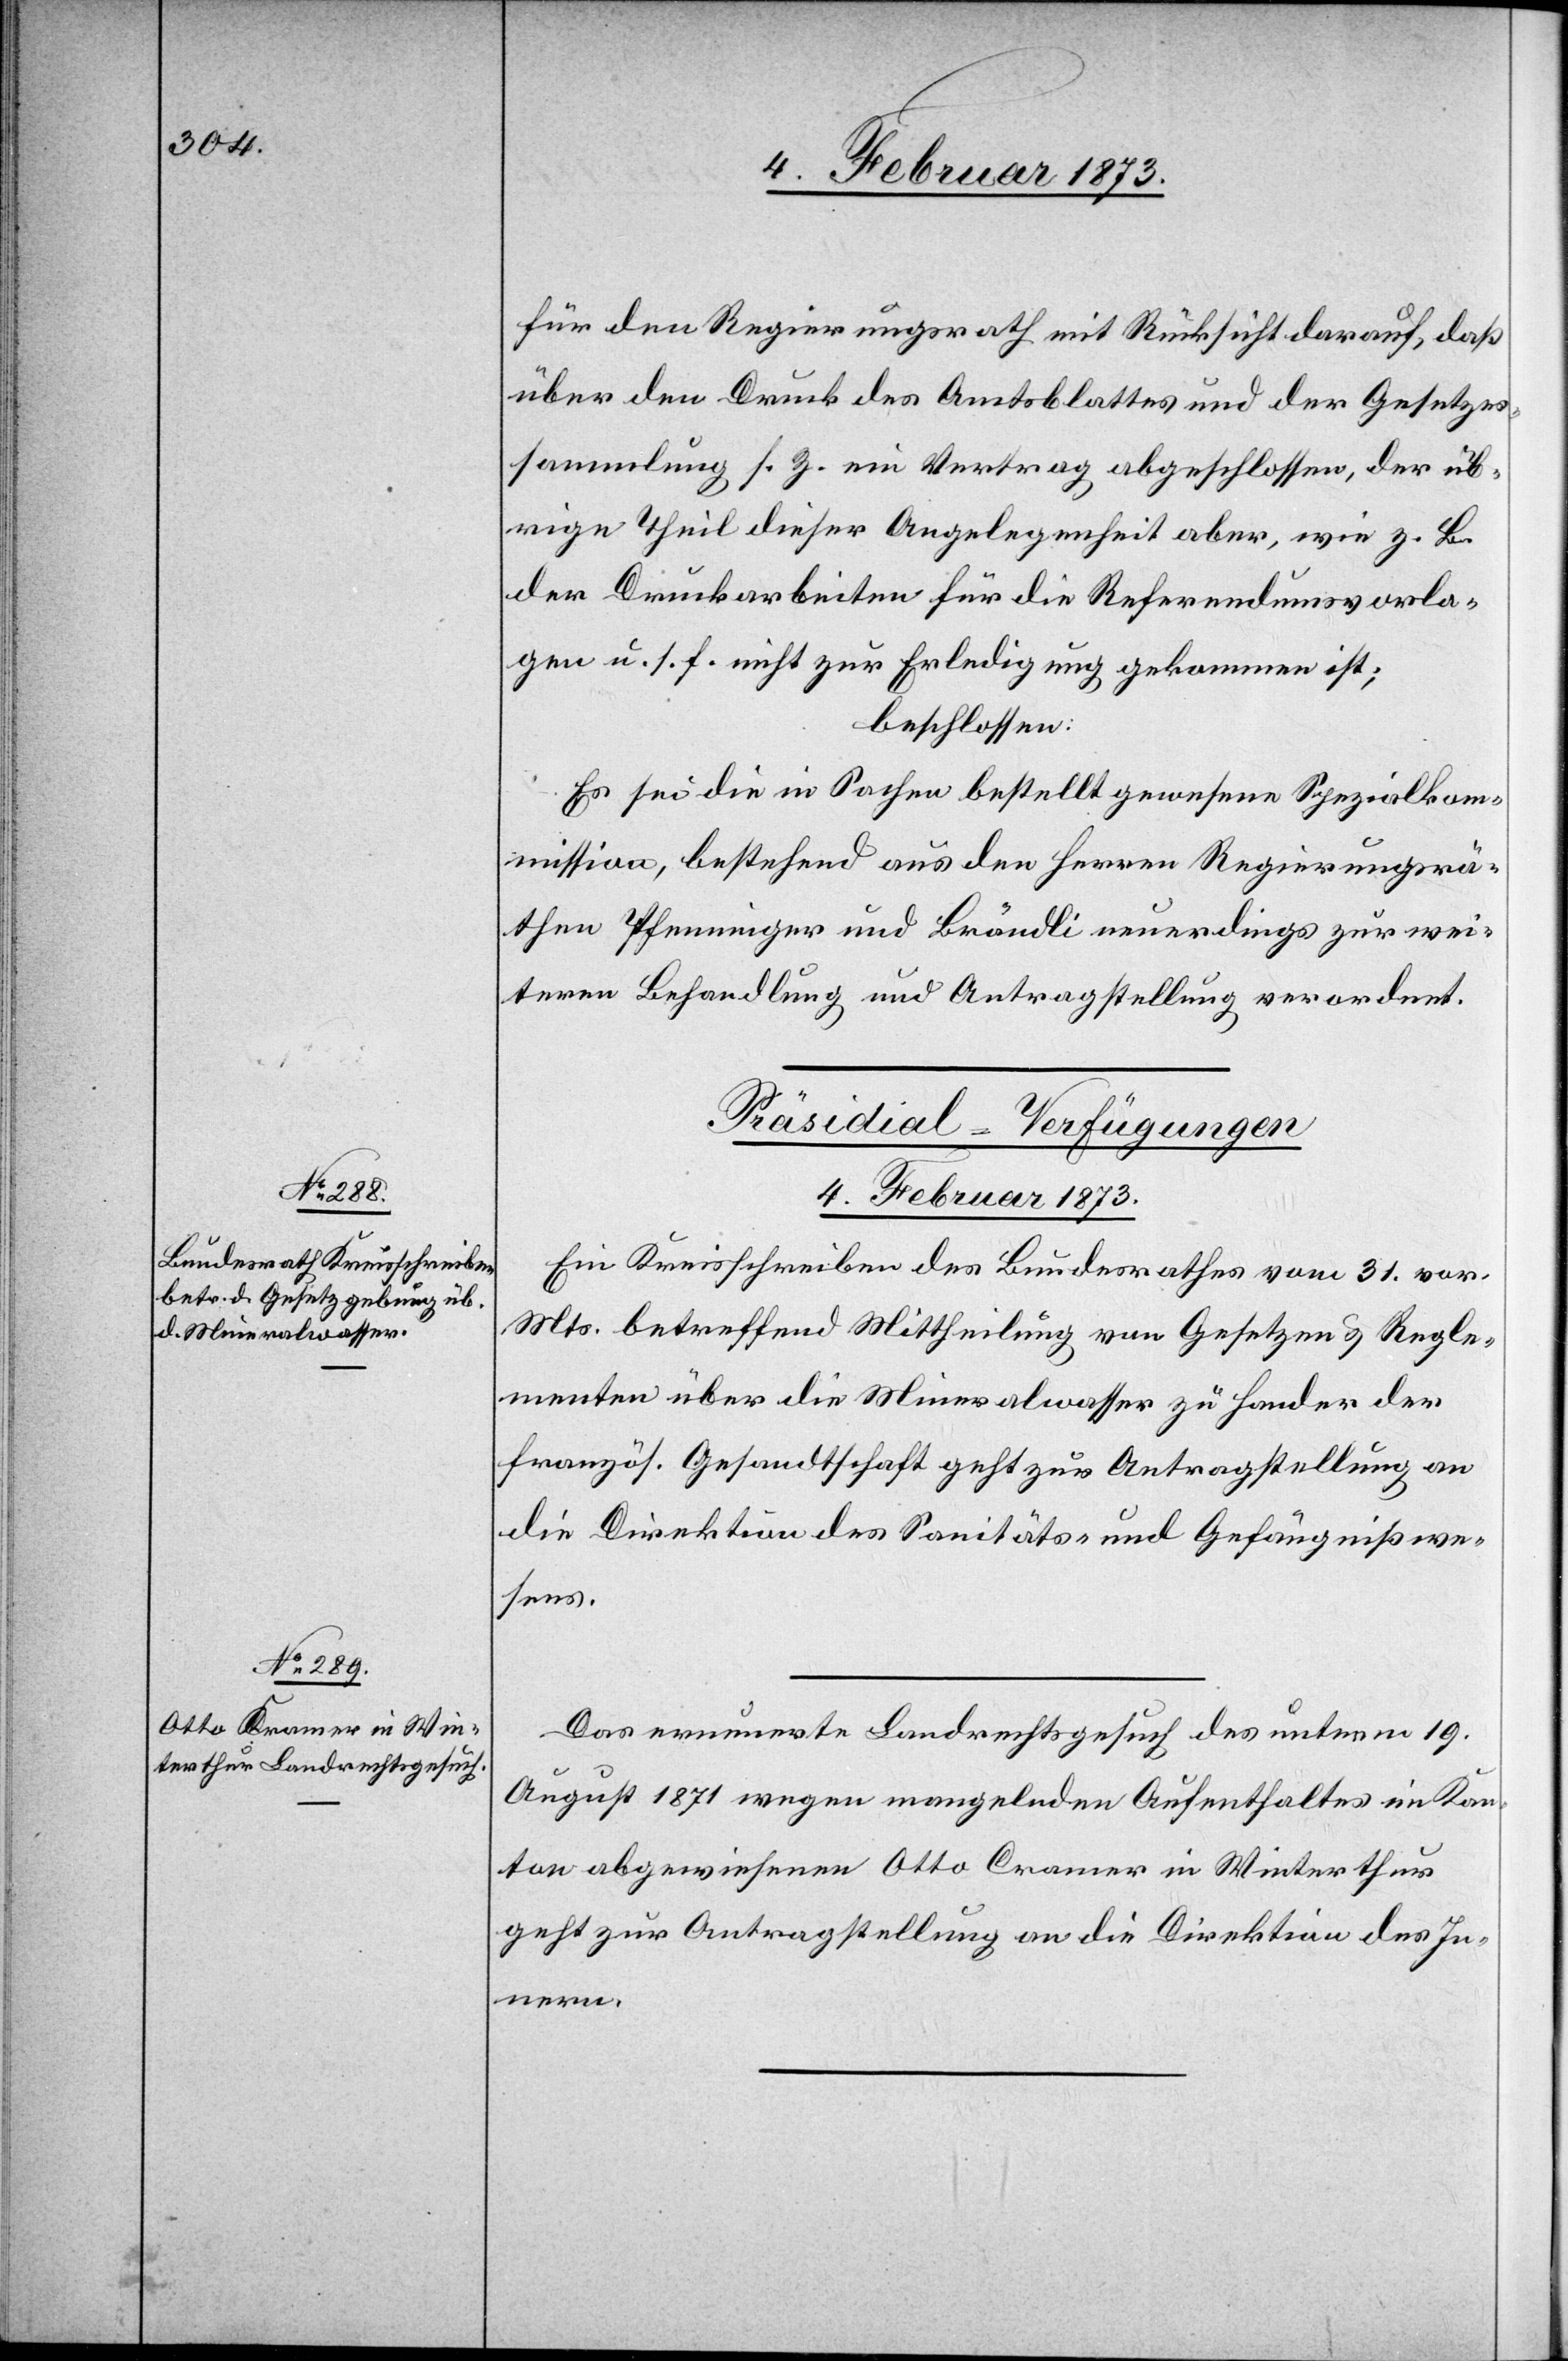
4. Februar 1873.]
für den Regierungsrath mit Rücksicht darauf, daß
über den Druck des Amtsblattes und der Gesetzes¬
sammlung s. Z. ein Vertrag abgeschlossen, der üb¬
rige Theil dieser Angelegenheit aber, wie z. B.
der Druckarbeiten für die Referendumsvorla¬
gen u. s. f. nicht zur Erledigung gekommen ist;
beschlossen:
Es sei die in Sachen bestellt gewesene Spezialkom¬
mission, bestehend aus den Herren Regierungsrä¬
then Pfenninger und Brändli neuerdings zur wei¬
teren Behandlung und Antragstellung verordnet.
[Präsidial-Verfügungen.
Ein Kreisschreiben des Bundesrathes vom 31. vor.
Mts. betreffend Mittheilung von Gesetzen u. Regle¬
menten über die Mineralwasser zu Handen der
französ. Gesandtschaft geht zur Antragstellung an
die Direktion des Sanitäts- und Gefängnißwe¬
sens.
Das erneuerte Landrechtsgesuch des unterm 19.
August 1871 wegen mangelnden Aufenthaltes im Kan¬
ton abgewiesenen Otto Cramer [sic!] in Winterthur
geht zur Antragstellung an die Direktion des In¬
nern.